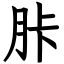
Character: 胩